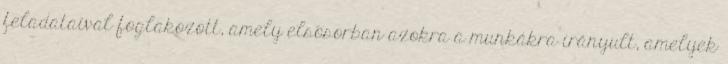
feladataival foglakozott, amely elsõsorban azokra a munkákra irányult, amelyek